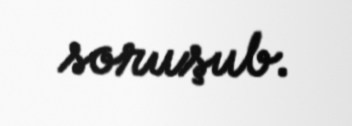
soruşub.